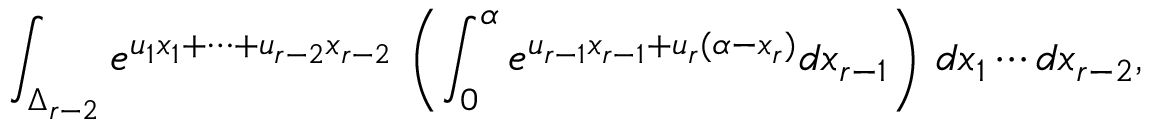
\int _ { \Delta _ { r - 2 } } e ^ { u _ { 1 } x _ { 1 } + \cdots + u _ { r - 2 } x _ { r - 2 } } \, \left( \int _ { 0 } ^ { \alpha } e ^ { u _ { r - 1 } x _ { r - 1 } + u _ { r } ( \alpha - x _ { r } ) } d x _ { r - 1 } \right) \, d x _ { 1 } \cdots d x _ { r - 2 } ,